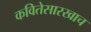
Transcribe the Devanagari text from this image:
कवितेसारखाच